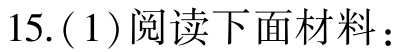
15. (1) 阅读下面材料：